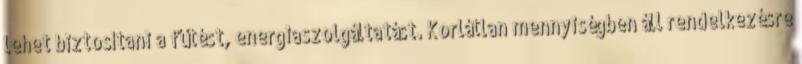
lehet biztosítani a fűtést, energiaszolgáltatást. Korlátlan mennyiségben áll rendelkezésre